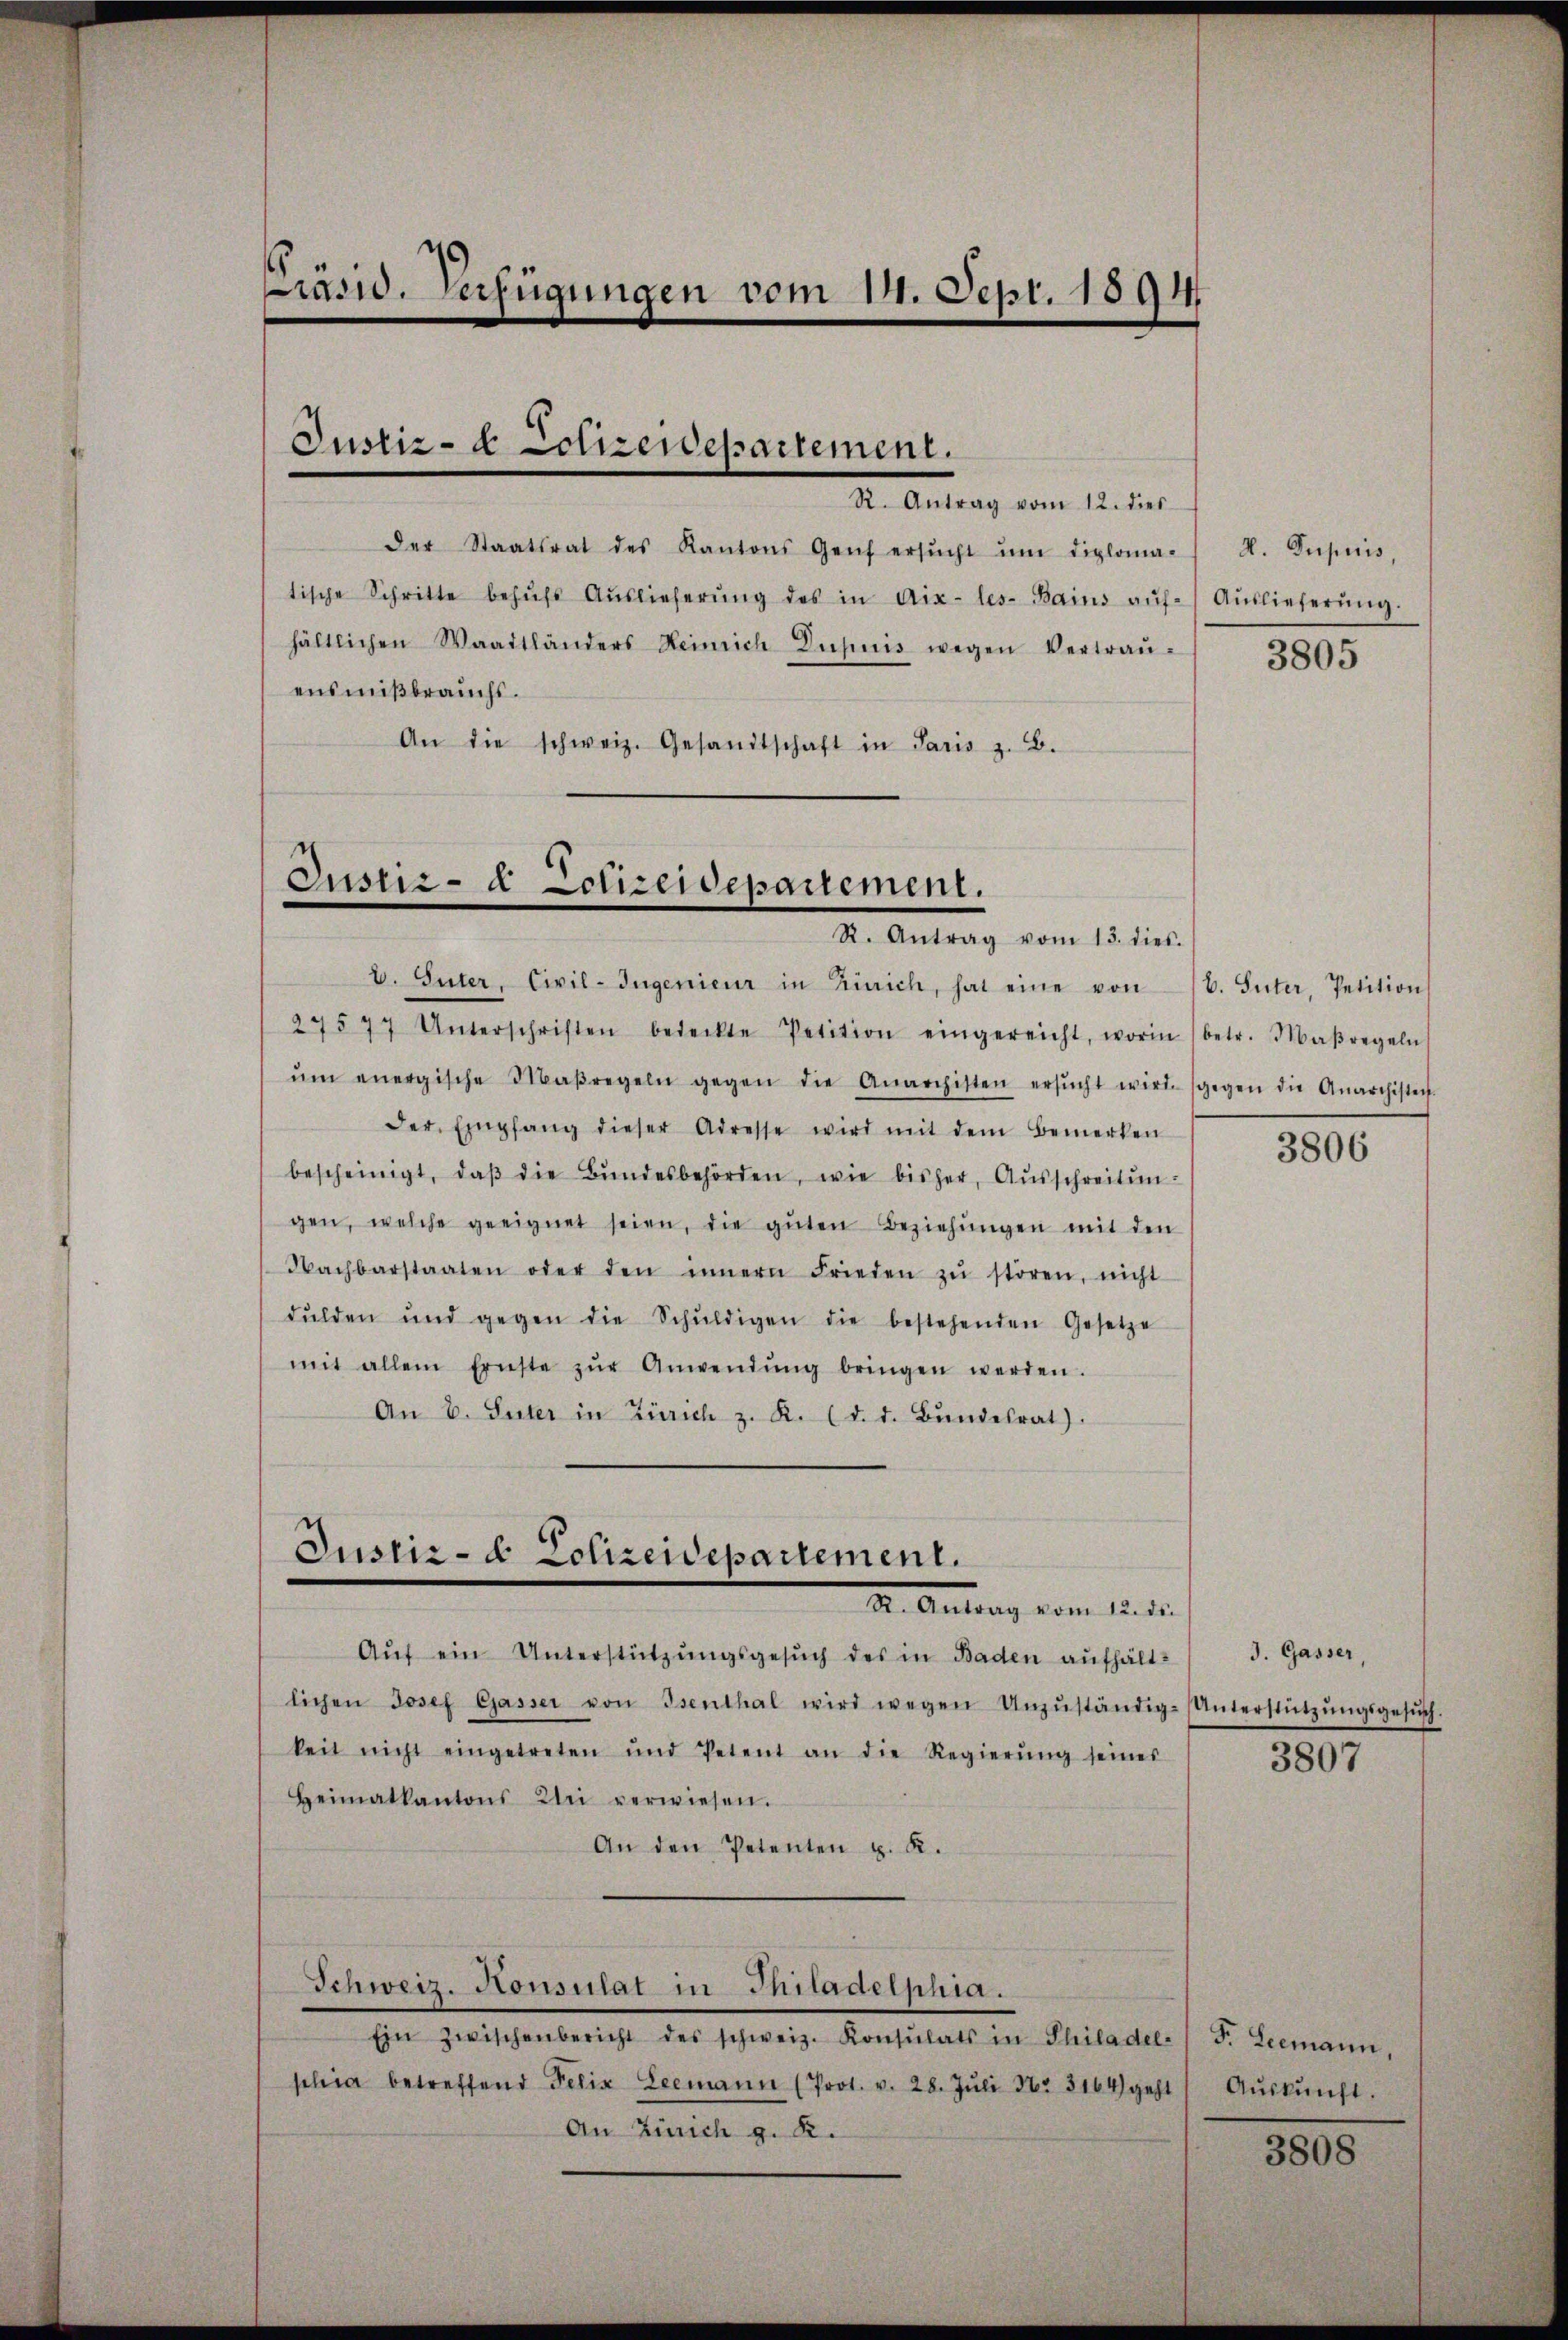
Präsid. Verfügungen vom 14. Sept. 1891

Justiz- & Polizewepartement.

R. Antrag vom 12. dies
der Staatsrat des Kantons Genf ersŭcht ŭm diploma-
tische Schritte behŭfs Aŭslieferŭng des in Aix-les-Bains aŭf Aŭslieferŭng.
hältlichen Waadtländers Heinrich Dupuis wegen Vertraŭ-
ensmißbrauchs.
An die schweiz. Gesandtschaft in Paris z. B.

Justiz- & Polizeidepartement.
I. Antrag vom 15ten

Justiz- & Polizeidepartement.
Dr. Antrag vom 15. d.

V. Güter, Civil-Ingenieur in Zürich, hat eine von 16. Suter Petition
27577 Unterschriften bedeckte Petition eingereicht, worin (betr. Maßregeln

ŭm energische Maßregeln gegen die Anarchisten ersŭcht wird. (gegen die Anarchisten.
der Empfang dieser Adresse wird mit dem Bemerken
bescheinigt, daβ die Bŭndesbehörden, wie bisher, Aŭsschreitŭn-
gen, welche geeignet seien, die gŭten Beziehŭngen mit den
Nachbarstaaten oder den innern Frieden zŭ stören, nicht
Fŭlden und gegen die Schŭldigen die bestehenden Gesetze
mit allem Ernste zŭr Anwendŭng bringen werden.
An E. Suter in Zürich z. R. (d. d. Bŭndesrat)

Aŭf ein Unterstützungsgesŭch des in Baden aufhältlichen Josef Gasser von Isenthal wird wegen Unzŭständig-Unterstützŭngsgesŭch.
keit nicht eingetreten und Petent an die Regierŭng seines
Heimatkantons Klei verwiesen.
An den Petenten z. K.
Schweiz. Konsulat in Philadelphia.
Ein zwischenbericht des schweiz. Konsulats in Philadel-
schia betreffend Felix Leemann (Prot. v. 28. Jŭli Nr. 3164) geht
An Zürich g. K.

V. Superis,
3805

3806

J. Gasser,
3807

F. Leemann,
Aŭskŭnft.

3808